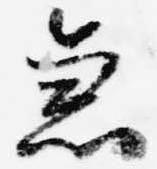
急